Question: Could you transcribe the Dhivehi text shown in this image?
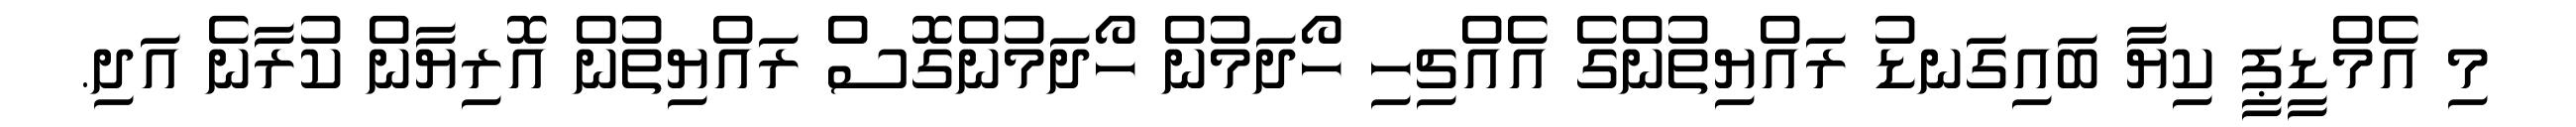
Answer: މި އެމްޑީޕީ ކިޔާ ބައިގަނޑު ރައްޔިތުންގެ އެއްޗިހި ހޯދަމުން ހޯދަމުންގޮސް ރައްޔިތުން އޮރިޔާން ކުރާނެ އަދި.